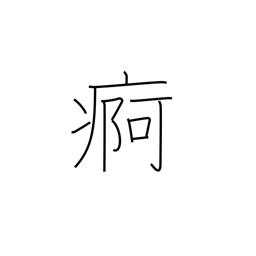
Meaning: chronic illness